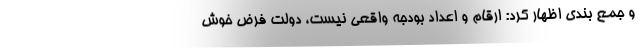
و جمع بندی اظهار کرد: ارقام و اعداد بودجه واقعی نیست، دولت فرض خوش